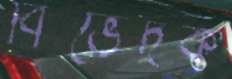
বিভেদক